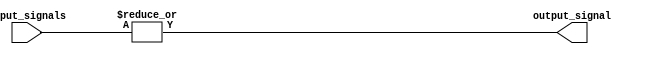
module OR_gate (
  input [15:0] input_signals,
  output output_signal
);

assign output_signal = |input_signals;

endmodule